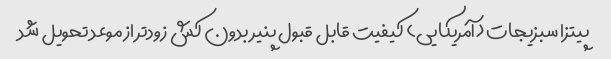
پیتزا سبزیجات (آمریکایی) کیفیت قابل قبول پنیر بدون کش زودتر از موعد تحویل شد